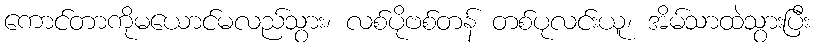
ကောင်တာကိုမယောင်မလည်သွား၊ လစ်ပိုဗစ်တန် တစ်ပုလင်းယူ၊ အိမ်သာထဲသွားပြီး